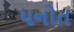
પનોત